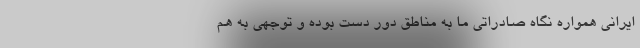
ایرانی همواره نگاه صادراتی ما به مناطق دور دست بوده و توجهی به هم